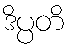
ဒိပ္ပတိ